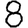
Digit: 8